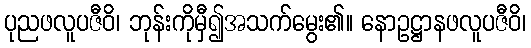
ပုညဖလူပဇီဝိ၊ ဘုန်းကိုမှီ၍အသက်မွေး၏။ နောဥဋ္ဌာနဖလူပဇီဝိ၊